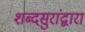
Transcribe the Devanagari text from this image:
शब्दसुरांद्वारा